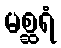
မစ္ဆရံ